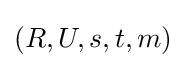
(R,U,s,t,m)